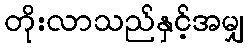
တိုးလာသည်နှင့်အမျှ